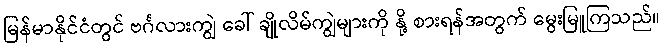
မြန်မာနိုင်ငံတွင် ဗင်္ဂလားကျွဲ ခေါ် ချိုလိမ်ကျွဲများကို နို့ စားရန်အတွက် မွေးမြူကြသည်။